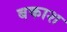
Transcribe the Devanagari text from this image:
बकाश